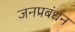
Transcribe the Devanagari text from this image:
जनप्रबंधन